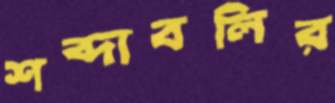
শব্দাবলির